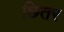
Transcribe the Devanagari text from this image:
छितर